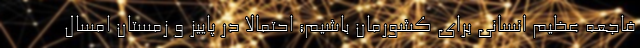
فاجعه عظیم انسانی برای کشورمان باشیم؛ احتمالاً در پاییز و زمستان امسال